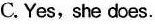
C.Yes, she does.